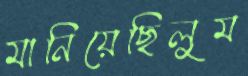
মানিয়েছিলুম